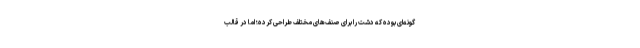
گونه‌ای بوده که دشت را برای صنف‌های مختلف طراحی کرده؛ اما در قالب